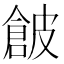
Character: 𱏗